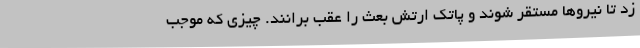
زد تا نیروها مستقر شوند و پاتک ارتش بعث را عقب برانند. چیزی که موجب